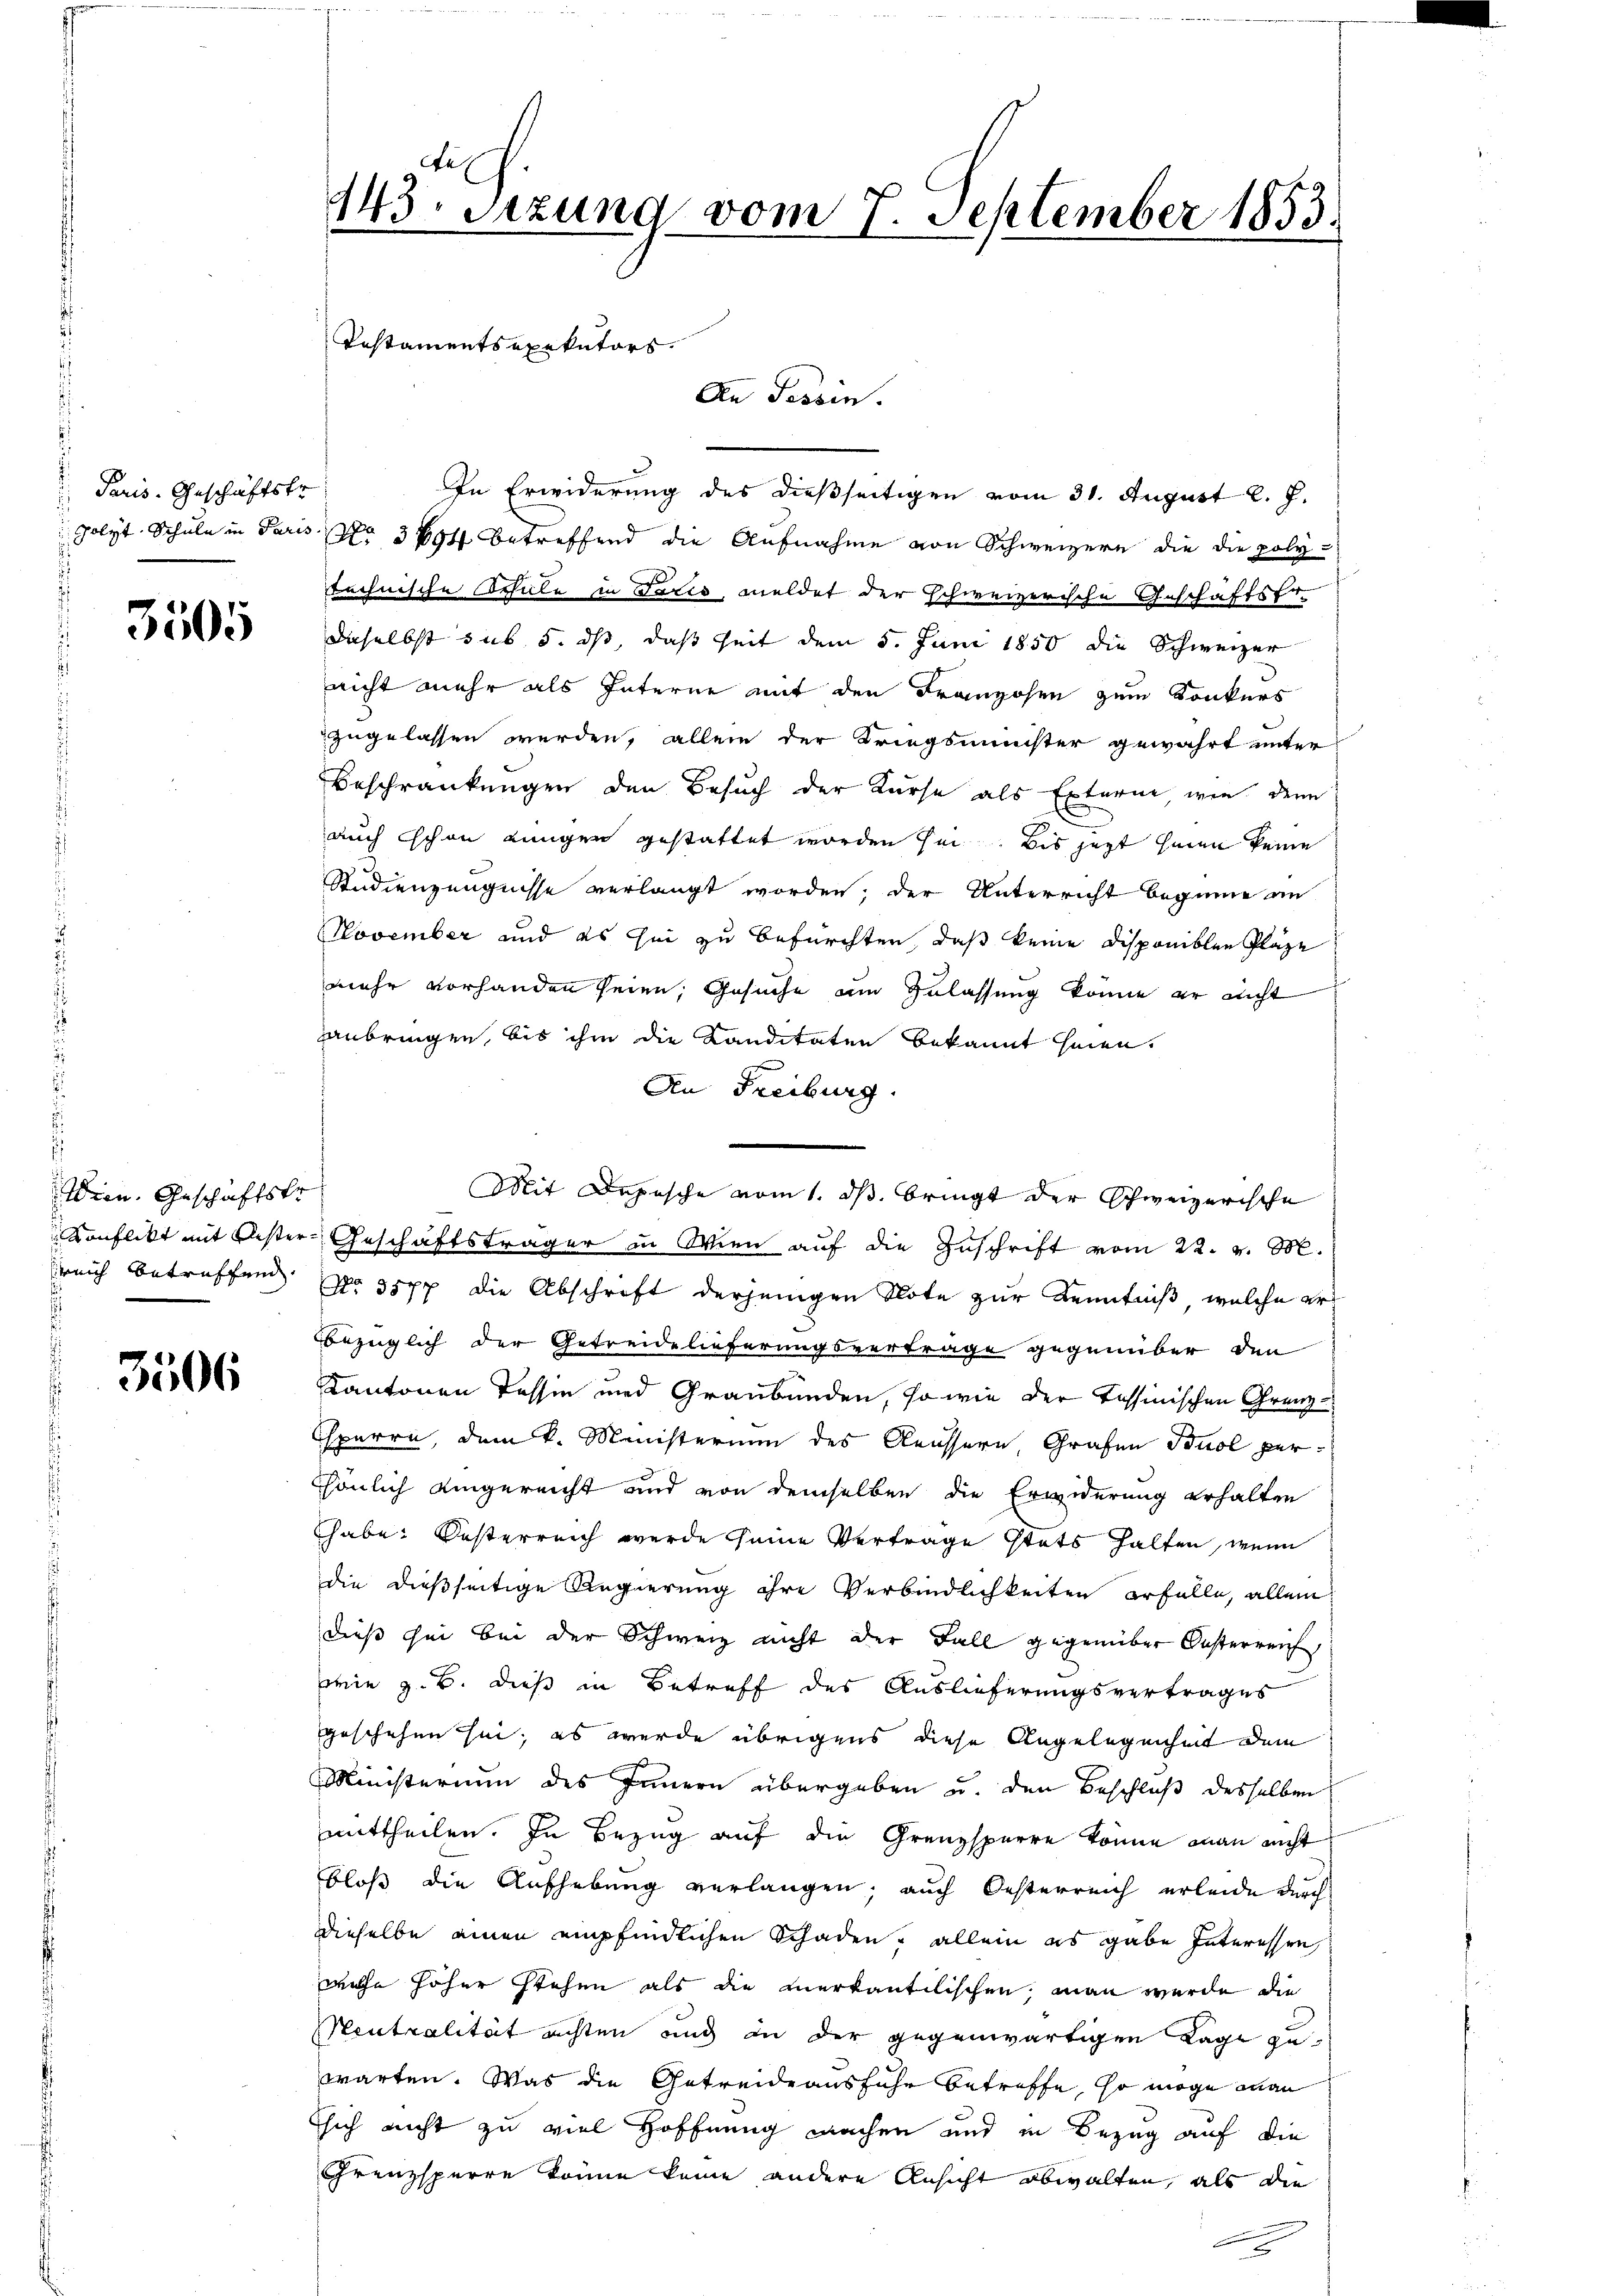
Paris. Geschäftste
Polyt Schule in Paris
.

3505

Wien. Geschäftstr
Konflikt mit Aester.
sreich betreffend.

3506

143. Sezung vom 7. September 1853.
Testamentsexekutors.

In Erwiderung des dießseitigen vom 31. August l. J.
No 3604 betreffend die Aufnahme von Schweizern die die polytechnische Schule in Paris, meldet der schweizerische Geschäftsfr.
daselbst sub 5. ds, daß seit dem 5. Juni 1850 die Schweizer
nicht mehr als Interne mit den Franzosen zum Konkurs
zugelassen werden, allein der Kriegsminister gewährt unter
Beschränkungen den Besuch der Kurse als Externe wie denn
auch schon eingen gestattet worden sei. Bis jezt hinen keine
Studienzeugnisse verlangt worden; der Unterricht beginne im
November und es sei zu befürchten, daß keine Disponiblen Plaze
mehr vorhanden seien; Gesuche am Zulassung könne er nicht
anbringen, bis ihm die Kanditäten bekannt seien.
An Freiburg.
Geschäftsträger in Wien auf die Zuschrift vom 22. v. M.
No. 3577 die Abschrift derjenigen Note zur Kenntniß, welche er
Bezüglich der Getreidelieferungsvertrage gegenüber den
Kantonen Tessin und Graubünden, so wie der Tessinischen Grenzsperre, dem k. Ministerium des Aeussern Grafen Buol persönlich eingereicht und von demselben die Erwiderung erhalten
habe. Oesterreich werde seine Vertrage stets halten, wenn
die dießseitige Regierung ihre Verbindlichkeiten erfalle, allein
dieß sei bei der Schweiz nicht der Fall gegenüber Oesterreich
wie z. B. dieß in Betreff des Auslieferungsvertrages
geschehen sei; es werde übrigens diese Angelegenheit dem
Ministerium des Innern übergeben u. den Beschluß desselben
mittheilen. In Bezug auf die Grenzsperre könne man nicht
bloß die Aufhebung verlangen; auch Oesterreich erleide durch
dieselbe einen empfindlichen Schaden, allein es gabe Interessen
welche höher stehen als die anerkantilischen, man wurde die
Neutralität nichten und in der gegenwärtigen Lage zu
warten. Was die Getreide ausfuhr betreffe, so möge man
ssich nicht zu viel Hoffnung machen und in Bezug auf die
Grenzsperre könne keine andere Ansicht obwalten, als die

An Tessin.

Mit Depesche vom 1. ds. bringt der Schweizerische